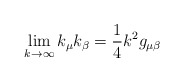
\begin{align*}\lim_{k\rightarrow \infty }k_{\mu }k_{\beta }=\frac{1}{4}k^{2}g_{\mu \beta }\end{align*}